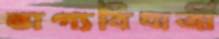
ভাগ্যবিধাত্রী